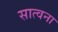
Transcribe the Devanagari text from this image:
सात्वना